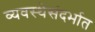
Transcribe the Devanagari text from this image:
व्यवस्थेसंदर्भात